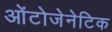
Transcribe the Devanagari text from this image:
ओंटोजेनेटिक